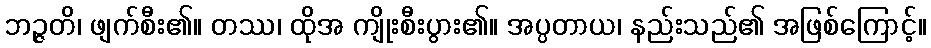
ဘဉ္ဇတိ၊ ဖျက်စီး၏။ တဿ၊ ထိုအ ကျိုးစီးပွား၏။ အပ္ပတာယ၊ နည်းသည်၏ အဖြစ်ကြောင့်။